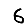
Digit: 6